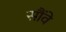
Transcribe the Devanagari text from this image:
सौंवे